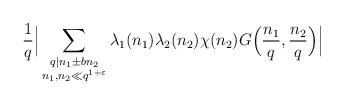
LaTeX: \begin{align*} \frac{1 }{ q} \Big|\sum_{\substack{q \mid n_1 \pm bn_2 \\ n_1, n_2 \ll q^{1+\varepsilon}}} \lambda_1(n_1) \lambda_2(n_2)\chi(n_2) G\Big(\frac{n_1}{q}, \frac{n_2}{q}\Big)\Big| \end{align*}